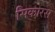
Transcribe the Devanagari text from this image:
सिकोरस